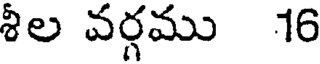
శీల వర్గము 16